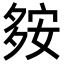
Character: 𡖨